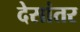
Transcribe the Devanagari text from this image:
देसांतर